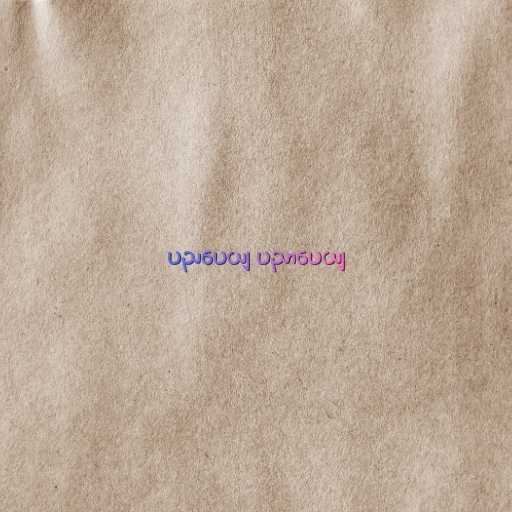
ပညပေယျ ပညာပေယျ